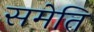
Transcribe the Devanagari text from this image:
समेति